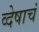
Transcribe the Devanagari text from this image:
व्देषाचं